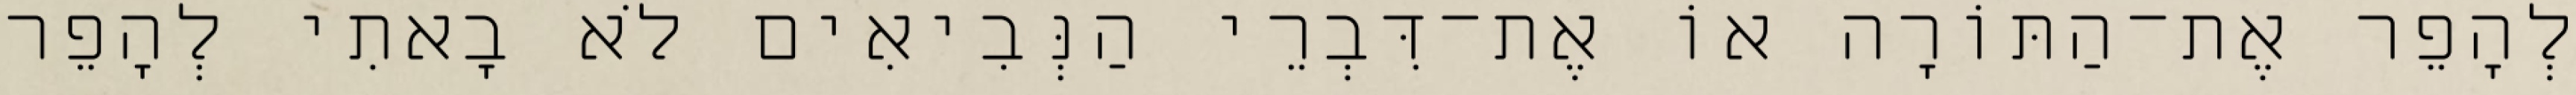
לְהָפֵר אֶת־הַתּוֹרָה אוֹ אֶת־דִּבְרֵי הַנְּבִיאִים לֹא בָאתִי לְהָפֵר